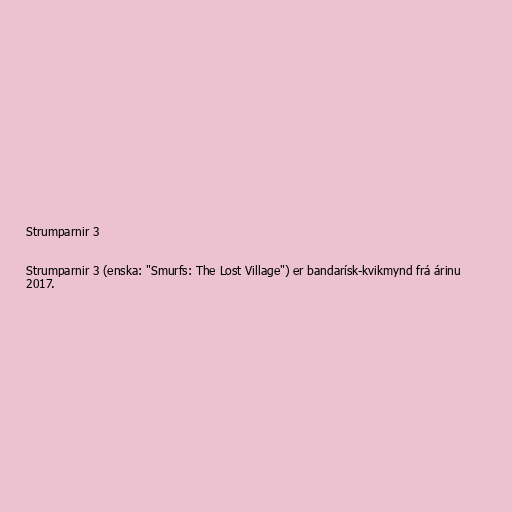
Strumparnir 3

Strumparnir 3 (enska: "Smurfs: The Lost Village") er bandarísk-kvikmynd frá árinu
2017.